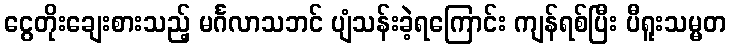
ငွေတိုးချေးစားသည့် မင်္ဂလာသဘင် ပျံသန်းခဲ့ရကြောင်း ကျန်ရစ်ပြီး ပီရူးသမ္မတ